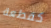
كقطعة